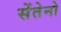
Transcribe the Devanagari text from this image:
सेंतेनो